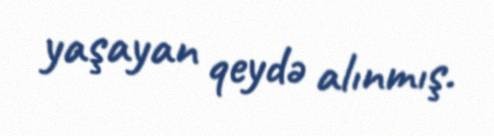
yaşayan qeydə alınmış.